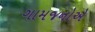
ગામજનોએ